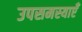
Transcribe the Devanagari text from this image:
उपसमस्याएँ